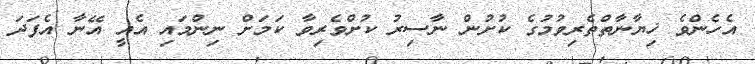
އެހެންވެ ޚިޔާނާތްތެރިވުމުގެ ކުށުން ނާސިރު ކުށްވެރިވާ ކަމަށް ނިންމައި އެއީ އޭނާ އެފަދަ